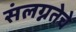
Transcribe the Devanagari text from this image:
संलग्नतेचे